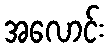
အလောင်း